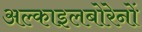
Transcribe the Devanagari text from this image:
अल्काइलबोरेनों